Medical and sanitary report of the native army of Bengal for the year
Year: 1876
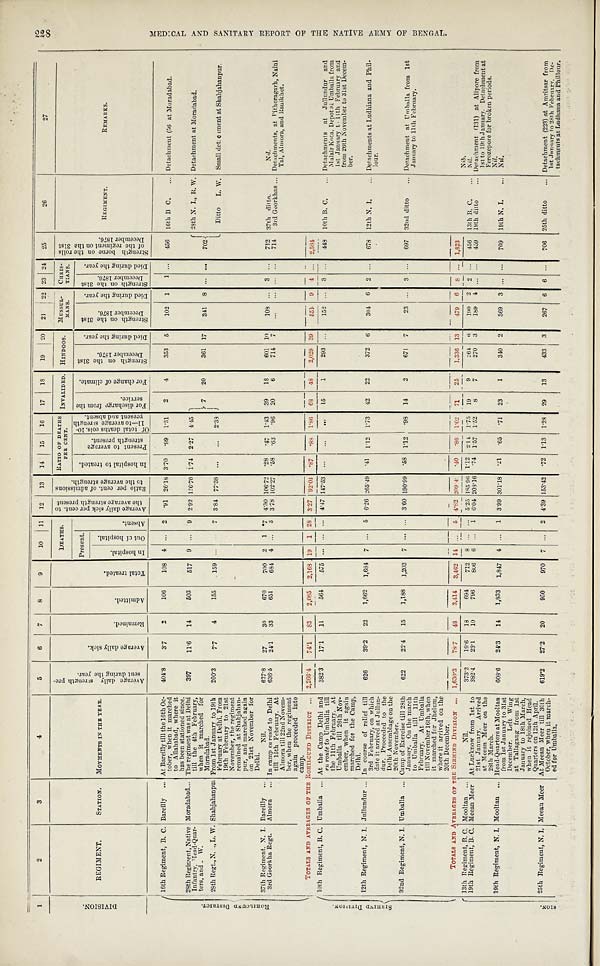
1
2
3
4
5
6
7
8
9
10 11 12 13 14 15 16 17
18
19 20 21 22 23 24 25
26
27
D I V I S I O N .
REGIMENT.
STATION. MOVMENTS IN THE YEAR.
A v e r a g e D a i l y s t r e n g t h p e r -
s e n t d u r i n g t h e y e a r .
A v e r a g e D a i l y s i c k .
R e m a i n e d . A d m i t t e d .
T o t a l t r e a t e d .
DEATHS.
A v e r a g e d a i l y s i c k p e r c e n t . t o
t h e a v e r a g e s t r e n g t h p r e s e n t . R a t i o p e r c e n t . o f a d m i s s i o n s
t o t h e a v e r a g e s t r e n g t h . RATIO OF DEATHS
PER CENT.
INVALIDED. HINDOOS. MUSSUL-
MANS.
CHRIS- TIANS.
S t r e n g t h b o r n e o n t h e r o l l s
o f t h e r e g i m e n t o n t h e 3 1 s tD
e c e m b e r 1 8 7 6 .
REGIMENT.
REMARKS.
Present.
A b s e n t .
I n h o s p i t a l t o t r e a t e d .
P r e s e n t t o a v e r a g e
s t r e n g t h p r e s e n t .
O f t o t a l d e a t h s c o l s 1 0 -
1 1 — t o a v e r a g e s t r e n g t h
p r e s e n t a n d a b s e n t .
F o r d i s c h a r g e f r o m t h e s e r v i c e . F o r c h a n g e o f c l i m a t e .
S t e n g t h o n t h e 3 1 s t
D e c e m b e r 1 8 7 6 .
D i e d d u r i n g t h e y e a r .
S t r e n g t h o n t h e 3 1 s t
D e c e m b e r 1 8 7 6 . D i e d d u r i n g t h e y e a r .
S t r e n g t h o n t h e 3 1 s t
D e c e m b e r 1 8 7 6 .
D i e d d u r i n g t h e y e a r .
I n H o s p i t a l .
O u t o f H o s p i t a l .
16th Regiment, B. C. Bareilly . . . At Bareilly till the 16th Oc-
tober, when it marched
to Allahabad, where it
has been stationed since.
404.8 3.7 2
106 108 4 . . . 2
. 9 1 26.18 3.70 .99 1.31 2 4
353 5 102 1 1 . . . 456 16th B C. ... Detachment (56 at Moradabad.
R O H I L C U N D D I S T R I C T .
28th Regiment, Native
Infantry, Head-Quar-
ters and W.
Moradabad... The regiment was at Delhi
till the 4th February,
when it marched for
Moradabad.
397 11.6 14
503 517 9 . . .
9
2.92 126. 70 1.74 2.27 4.45
7 20
361 17 341 8 . . . . . . 702
28th N. I., R. W. Detachment at Moradabad.
Ditto L W. Small detachment at Shabjahanpur.
28th Regt., N. ., L. W. Shahjahanpur From 1st January to 19th
February at Delhi. From
19th February to 21st
November, the regiment
remained at Shahjahan-
pur, and marched again
on 21st November for
Delhi.
200.3 7.7 4
155 159 . . .
. . .
7 3.84 77.38
. . . . . . 2.38
37th Regiment. N. I. Bareilly . . .
Nil.
627.8 27
30
670 700 2 1 * 7 4.30 106.72
. 2 8 .47 1.43 39
1 8
601 10 108 . . . 3
. . . 712 37th ditto.
Nil.
3rd Goorkha Regt. Almora
. . . In camp en routet o D e l h i
till 15th February. At
Almora till 22nd Novem-
ber, when the regiment
again proceeded into
camp.
636.5 24.1 33
651 684 4 . . . 3 3.78 102.27
. 5 8 .63 .96 20 6
714 7
. . .
. . . . . .
. . .
714 3rd Goorkhas ... Detachments, at Pithoragarh, Naini
Tal, Almora, and Ranikhet.
TOTALS AND AVERAGES OF THE ROHI LCUND DI STRI CT . . .
2,266.4 74.1 83 2,085 2,168 19 1 28 3.27 92.04
. 8 7 .88
1 . 8 6 68 48
2,029 39
5 5 1 9 4 . . . 2,584
S I R H I N D D I V I S I O N .
10th Regiment, B. C. Umballa . . . At the Camp Delhi and
en route to Umballa till
the 11th February. At
Umballa till 26th Nov-
ember, when it again
marched for the Camp,
Delhi.
382.3 17.1 11
564 575 . . . ... . . . 4.47 147.53
. . .
. . .
. . . 15 1
293
. . .
152 . . . 3
. . . 448 10th B. C. ... Detachments at Jullundur and
Malair Kota. Depot at Umballa from
1st January to 11th February and
from 26th November to 31st Decem-
ber.
12th Regiment, N. I. Jullundur ... In course of relief till
3rd February, on which
date it arrived at Jullun-
dur. Proceeded to the
Delhi Assemblage on the
20th November.
626
39.2 22 1,662 1,684 7 . . . 5 6.26 265.49
. 4 1 1.12 1.73 42 22
372 6 304 6 2 . . . 678 12th N. I. ... Detachments at Ludhiana and Phil-
lour.
32nd Regiment, N. I. Umballa . . . Camp of Exercise till 28th
January. On the march
to Umballa till 11th
February. At Umballa
till November 16th, when
it marched for Jhelum,
where it arrived on the
20th December.
622
22.4 15 1,188 1,203 7 ... . . . 3.60
-
190.99
. 5 8 1. 12 .98 14 2
671 7
23
. . .
3 . . . 697 32nd ditto ... Detachment at Umballa from 1st
January to 11th February.
TOTALS AND AVERAGES OF THE SIRHIND DIVISION . . . 1,630.3 78.7 48 3,414 3,462 14 . . . 5 4.82 209.4
. 4 0 .86
1 . 0 2 71 25 1.336 13 479 6 8 . . . 1,823
Nib
.
S I O N . 13thRegiment, B. C. Mooltan . . .
Nil.
373.2 19.6 18
694 712 8 . . .
. . . 5.25 185.96 1.12 2.14 1.75 1 9 9
264 6
190 2 2 . . . 456 13th B. C.
Nil.
19th Regiment, B. C. Meean Meer At Lucknow from 1st to
21st January. Arrived
at Meean Meer on the
28th March.
382.4 23.1 10
796 806 6 . . . 1 6.04 208.16
. 7 4 1.57 1.52
8 7
270 3 189 4 . . . . . . 459 19th ditto ... Detachment (131) at Alipore from
1st to 19th January. Detachment at
Ferozepore for broken periods.
Nil.
19th Regiment, N. I. Mooltan . . . Head-Quarters at Mooltan
from 1st January to 31st
December. Left Wing
at Tallagang from 1st
January to 18th March,
when it rejoined Head
Quarters on 12th April.
608.6 24.3 14 1,833 1,847 4 . . . 1 3.99 301.18
. 2 1 .65 .71 23 1
340 2 369 3 . . . . . . 709 19th N. I. ... Nil.
25th Regiment, N. I. Meean Meer At Meean Meer till 30th
October, when it march-
ed for Umballa.
619.2 27.2 20
950 970 7 . . . 2 4.39 153.42
. 7 2 1.13 1.28 29 13
433 3 267 6 6 . . . 706 25th ditto ... Detachment (223) at Amritsar from
1st January to 28th Februarv. De-
tachments at Ludhana and Phillour.
228
M E D I C A L A N D S A N I T A R Y R E P O R T O F T H E N A T I V E A R M Y O F B E N G A L .